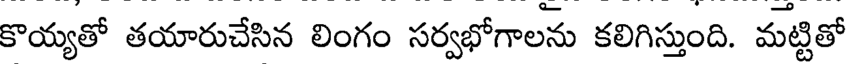
కొయ్యతో తయారుచేసిన లింగం సర్వభోగాలను కలిగిస్తుంది. మట్టితో